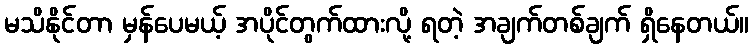
မသိနိုင်တာ မှန်ပေမယ့် အပိုင်တွက်ထားလို့ ရတဲ့ အချက်တစ်ချက် ရှိနေတယ်။